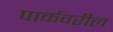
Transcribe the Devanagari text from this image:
पार्कवरील